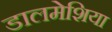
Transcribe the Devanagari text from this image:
डालमेशिया